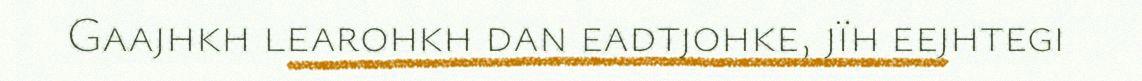
Gaajhkh learohkh dan eadtjohke, jïh eejhtegi